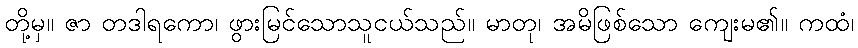
တို့မှ။ ဇာ တဒါရကော၊ ဖွားမြင်သောသူငယ်သည်။ မာတု၊ အမိဖြစ်သော ကျေးမ၏။ ကထံ၊